Indian journal of veterinary science and animal husbandry - Volumes 26-27, 1956-1957
Year: 1956
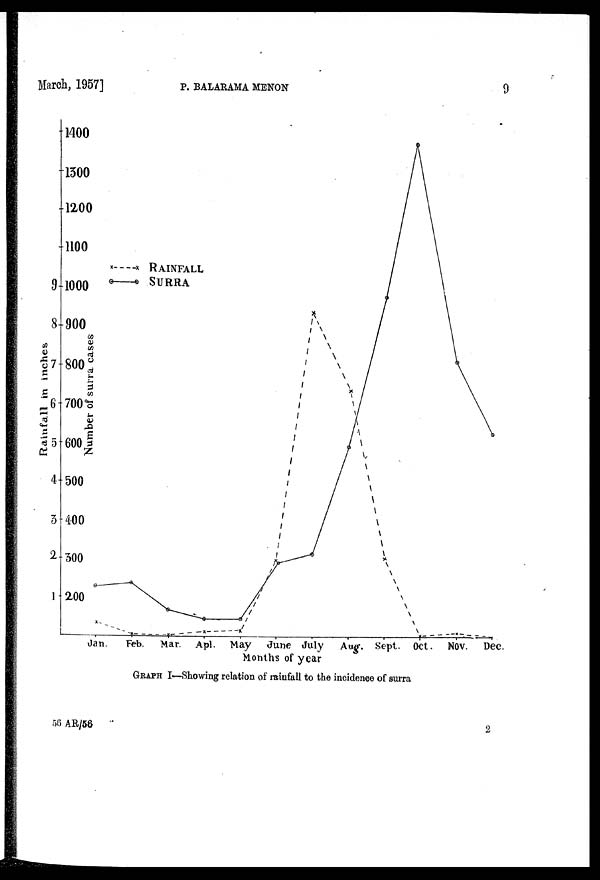
March, 1957]
P.
BALARAMA
MENON
9
GRAPH I—Showing relation of rainfall to the incidence of surra
56 AR/56
2